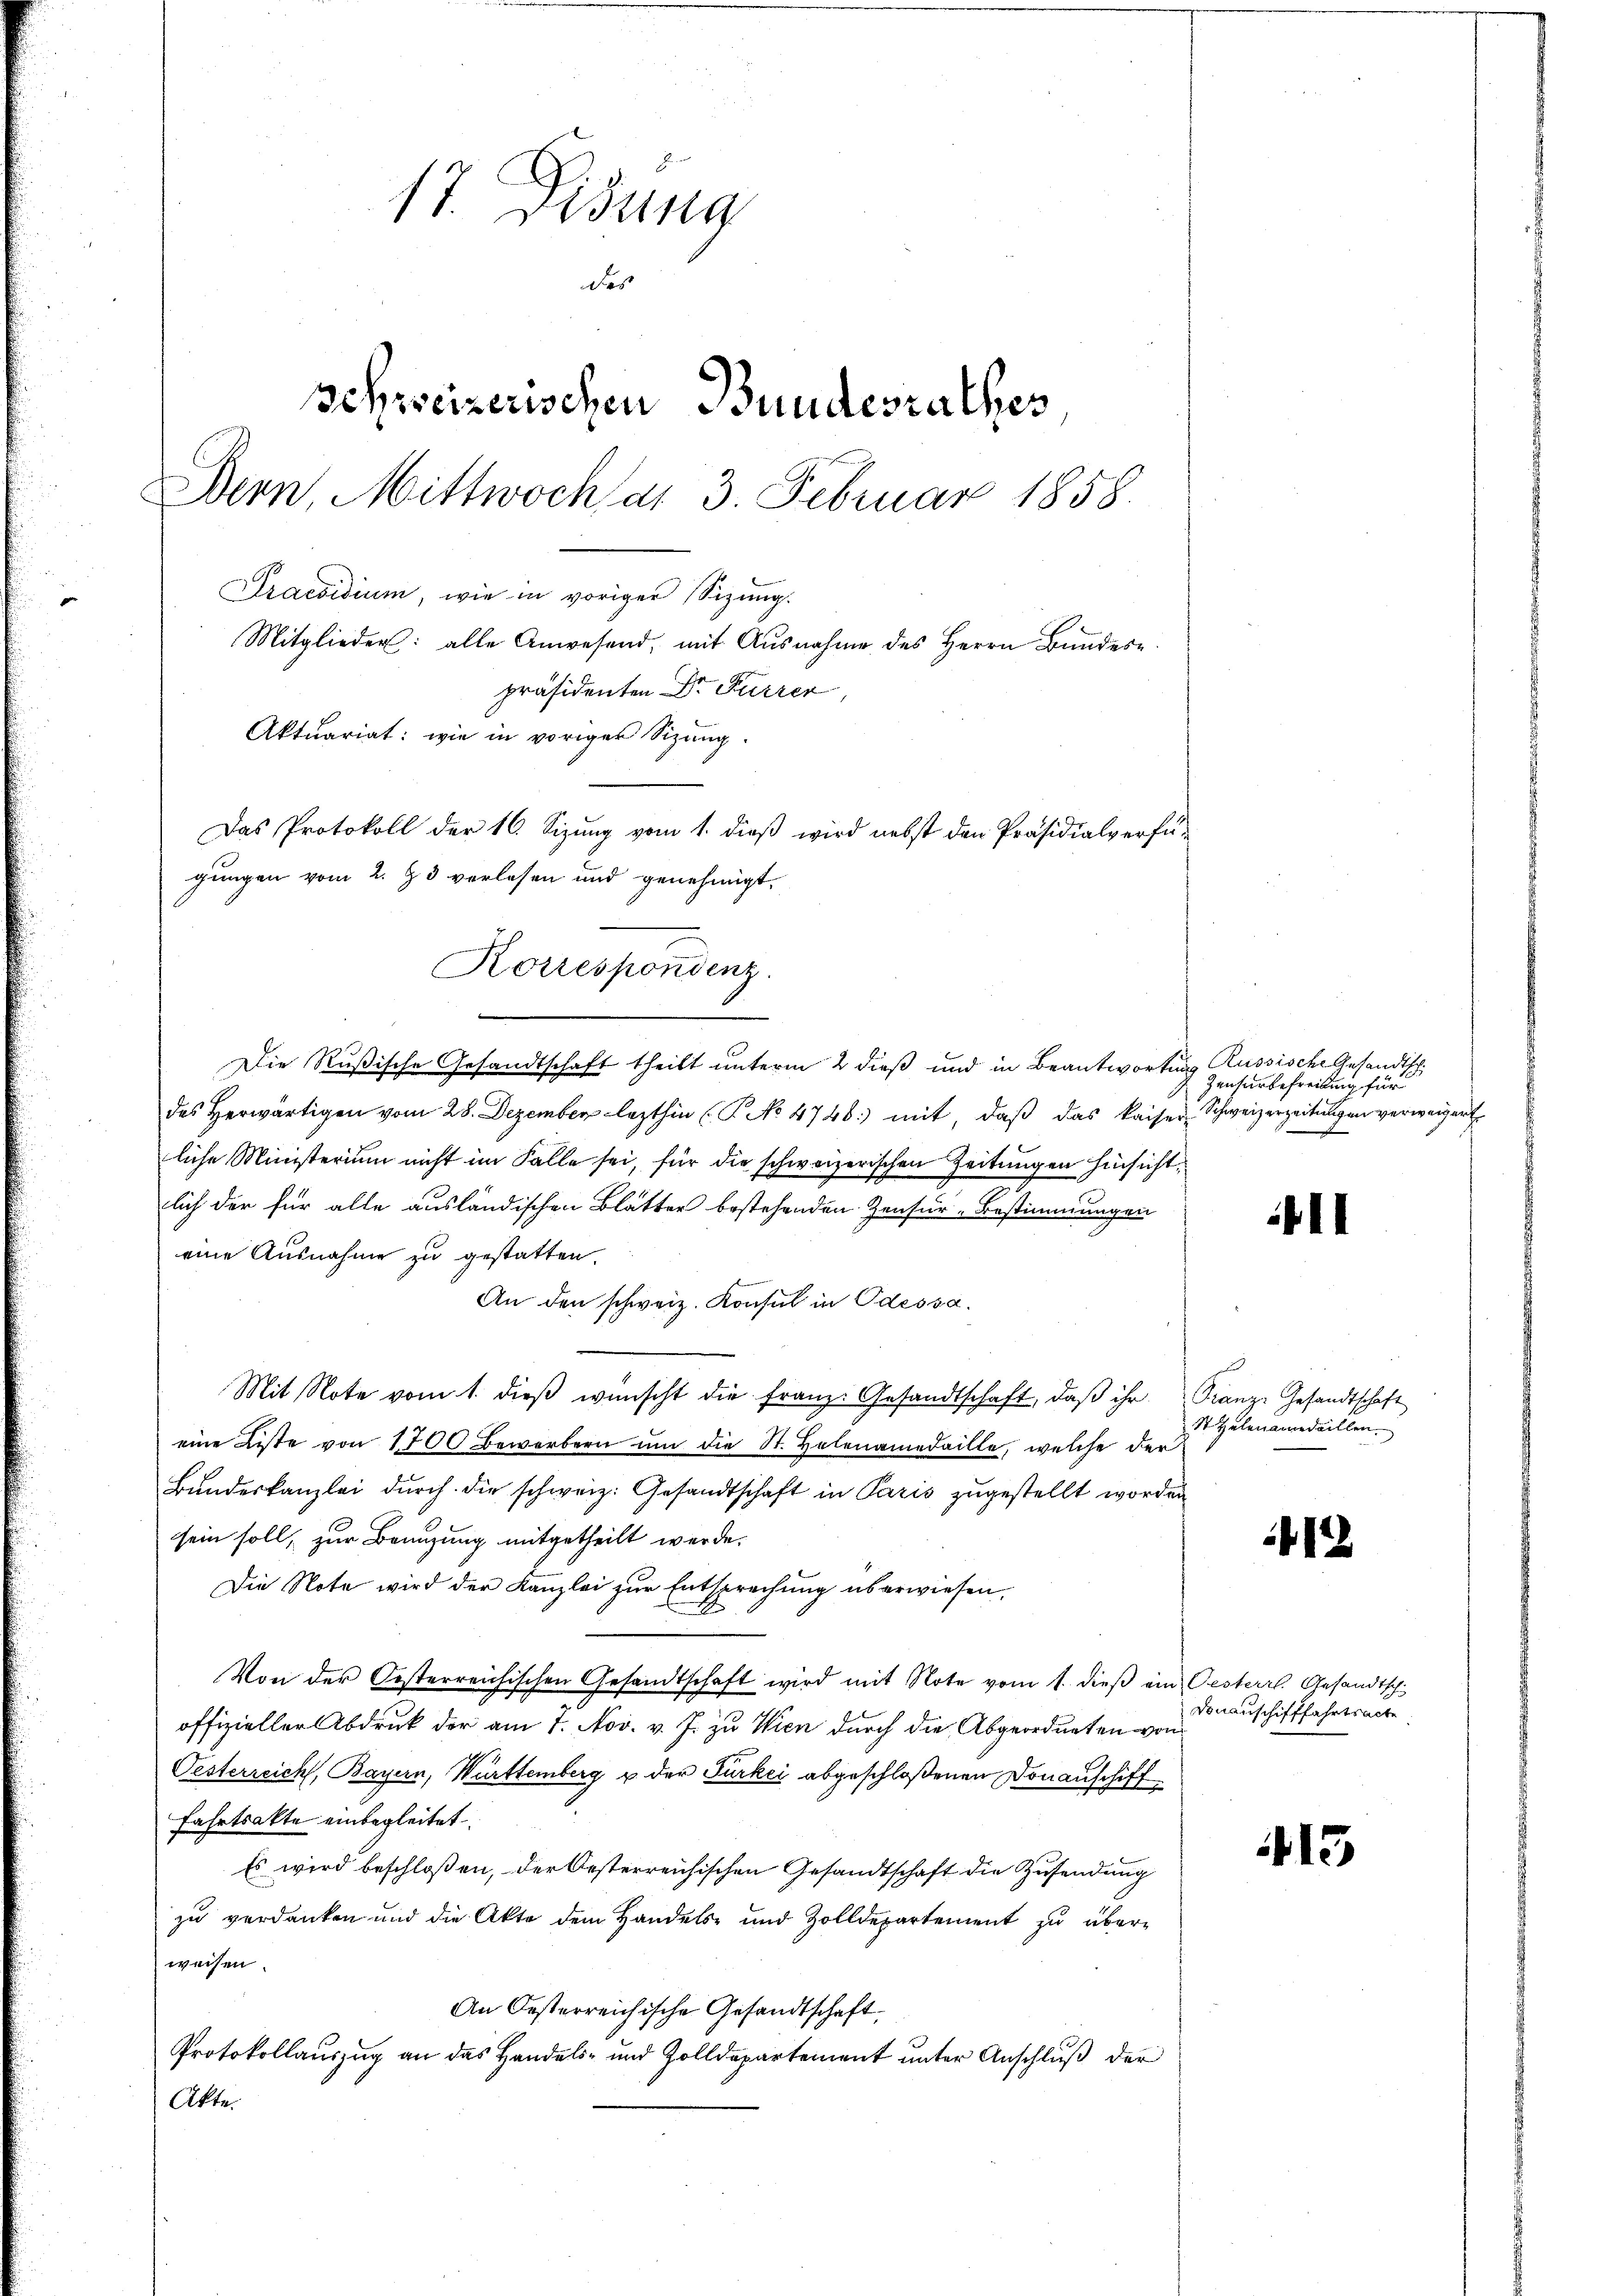
17. Didung
des
schweizerischen Bundesrathes
Bern, Mittwoch am 3. Februar 1858.
Praesidium, wie in vorigen Sizung.
Mitglieder: alle Anwesend, mit Ausnahme des Herrn Bŭndes
präsidenten Dr Furrer,
Aktuariat: wie in voriger Sitzung.

Das Protokoll der 16. Sizŭng vom 1. dieβ wird nebst den Präsidialverfü-
gungen vom 2. Z. 3 verlesen und genehmigt.
Korrespondenz.
27

Die Rußische Gesandtschaft theilt unterm 2 dieß und in Beantwortung Russische Gesandtsch
des herwärtigen vom 28. Dezember lezthin (T. No 4748) mit, daβ das kaiser-Schweizerzeitungen verweigert
liche Ministerium nicht im Falle sei, für die schweizerischen Zeitungen hinsichtlich der für alle ausländischen Blätter bestehenden Zensur-Bestimmungen
eine Ausnahme zu gestatten.
An den schweiz. Konsul in Odessa.
Mit Note vom 1. dieβ wünscht die franz. Gesandtschaft, daβ ihr Franz- Gesandtschaft
eine Liste von 1700 Bewerbern um die St. Helenamedaille, welche der
Bŭndeskanzlei dŭrch die schweiz. Gesandtschaft in Paris zugestellt worden
sein soll, zur Branzung mitgetheilt werde.
Die Note wird der Kanzlei zur Entsprechung überwiesen,
Von der Oesterreichischen Gesandtschaft wird mit Note vom 1. dieβ ein Gesterr. Gesandtsch
offizieller Abdruk der am 7. Nov. v. J. zu Wien durch die Abgeordneten von
Oesterreich, Bayern, Württemberg u der Furkei abgeschloßenen Donauschiff
Fahrtsakte einbegleitet.
Es wird beschloßen, der Oesterreichischen Gesandtschaft die Zusendung
zu verdanken und die Akte dem Handels- und Zolldepartement zu überweisen.
An Oesterreichische Gesandtschaft,
Protokollauszug an das Handels- und Zolldepartement unter Anschluß der
Akte

Zensurbefreitung für

St Helenamedaillen.

Donauschifffahrtsache

11

412

415